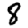
Digit: 8